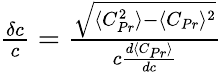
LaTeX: \begin{array}{r}{\frac{\delta c}{c}=\frac{\sqrt{\langle C_{Pr}^{2}\rangle-\langle C_{Pr}\rangle^{2}}}{c\frac{d\langle C_{Pr}\rangle}{dc}}}\end{array}